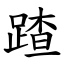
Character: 蹅